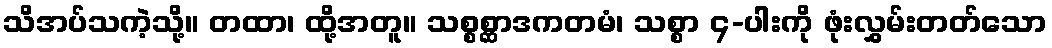
သိအပ်သကဲ့သို့။ တထာ၊ ထို့အတူ။ သစ္စစ္ဆာဒကတမံ၊ သစ္စာ ၄-ပါးကို ဖုံးလွှမ်းတတ်သော